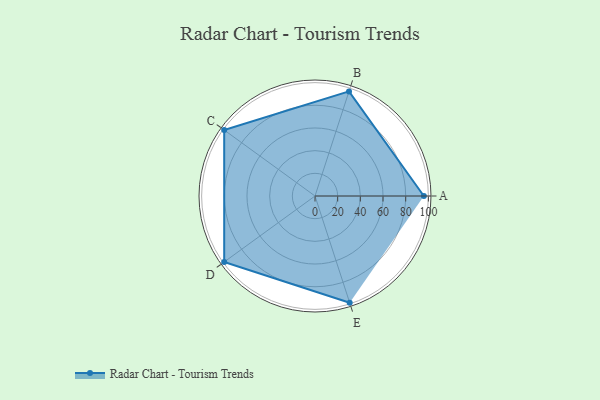
{"axis": {"x": "Skill", "y": "Score"}, "legend": ["Profile"], "data": [{"x": "A", "y": 96.0, "type": "Profile"}, {"x": "B", "y": 97.0, "type": "Profile"}, {"x": "C", "y": 99, "type": "Profile"}, {"x": "D", "y": 99, "type": "Profile"}, {"x": "E", "y": 99, "type": "Profile"}]}